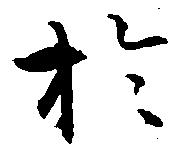
於